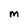
Character: M